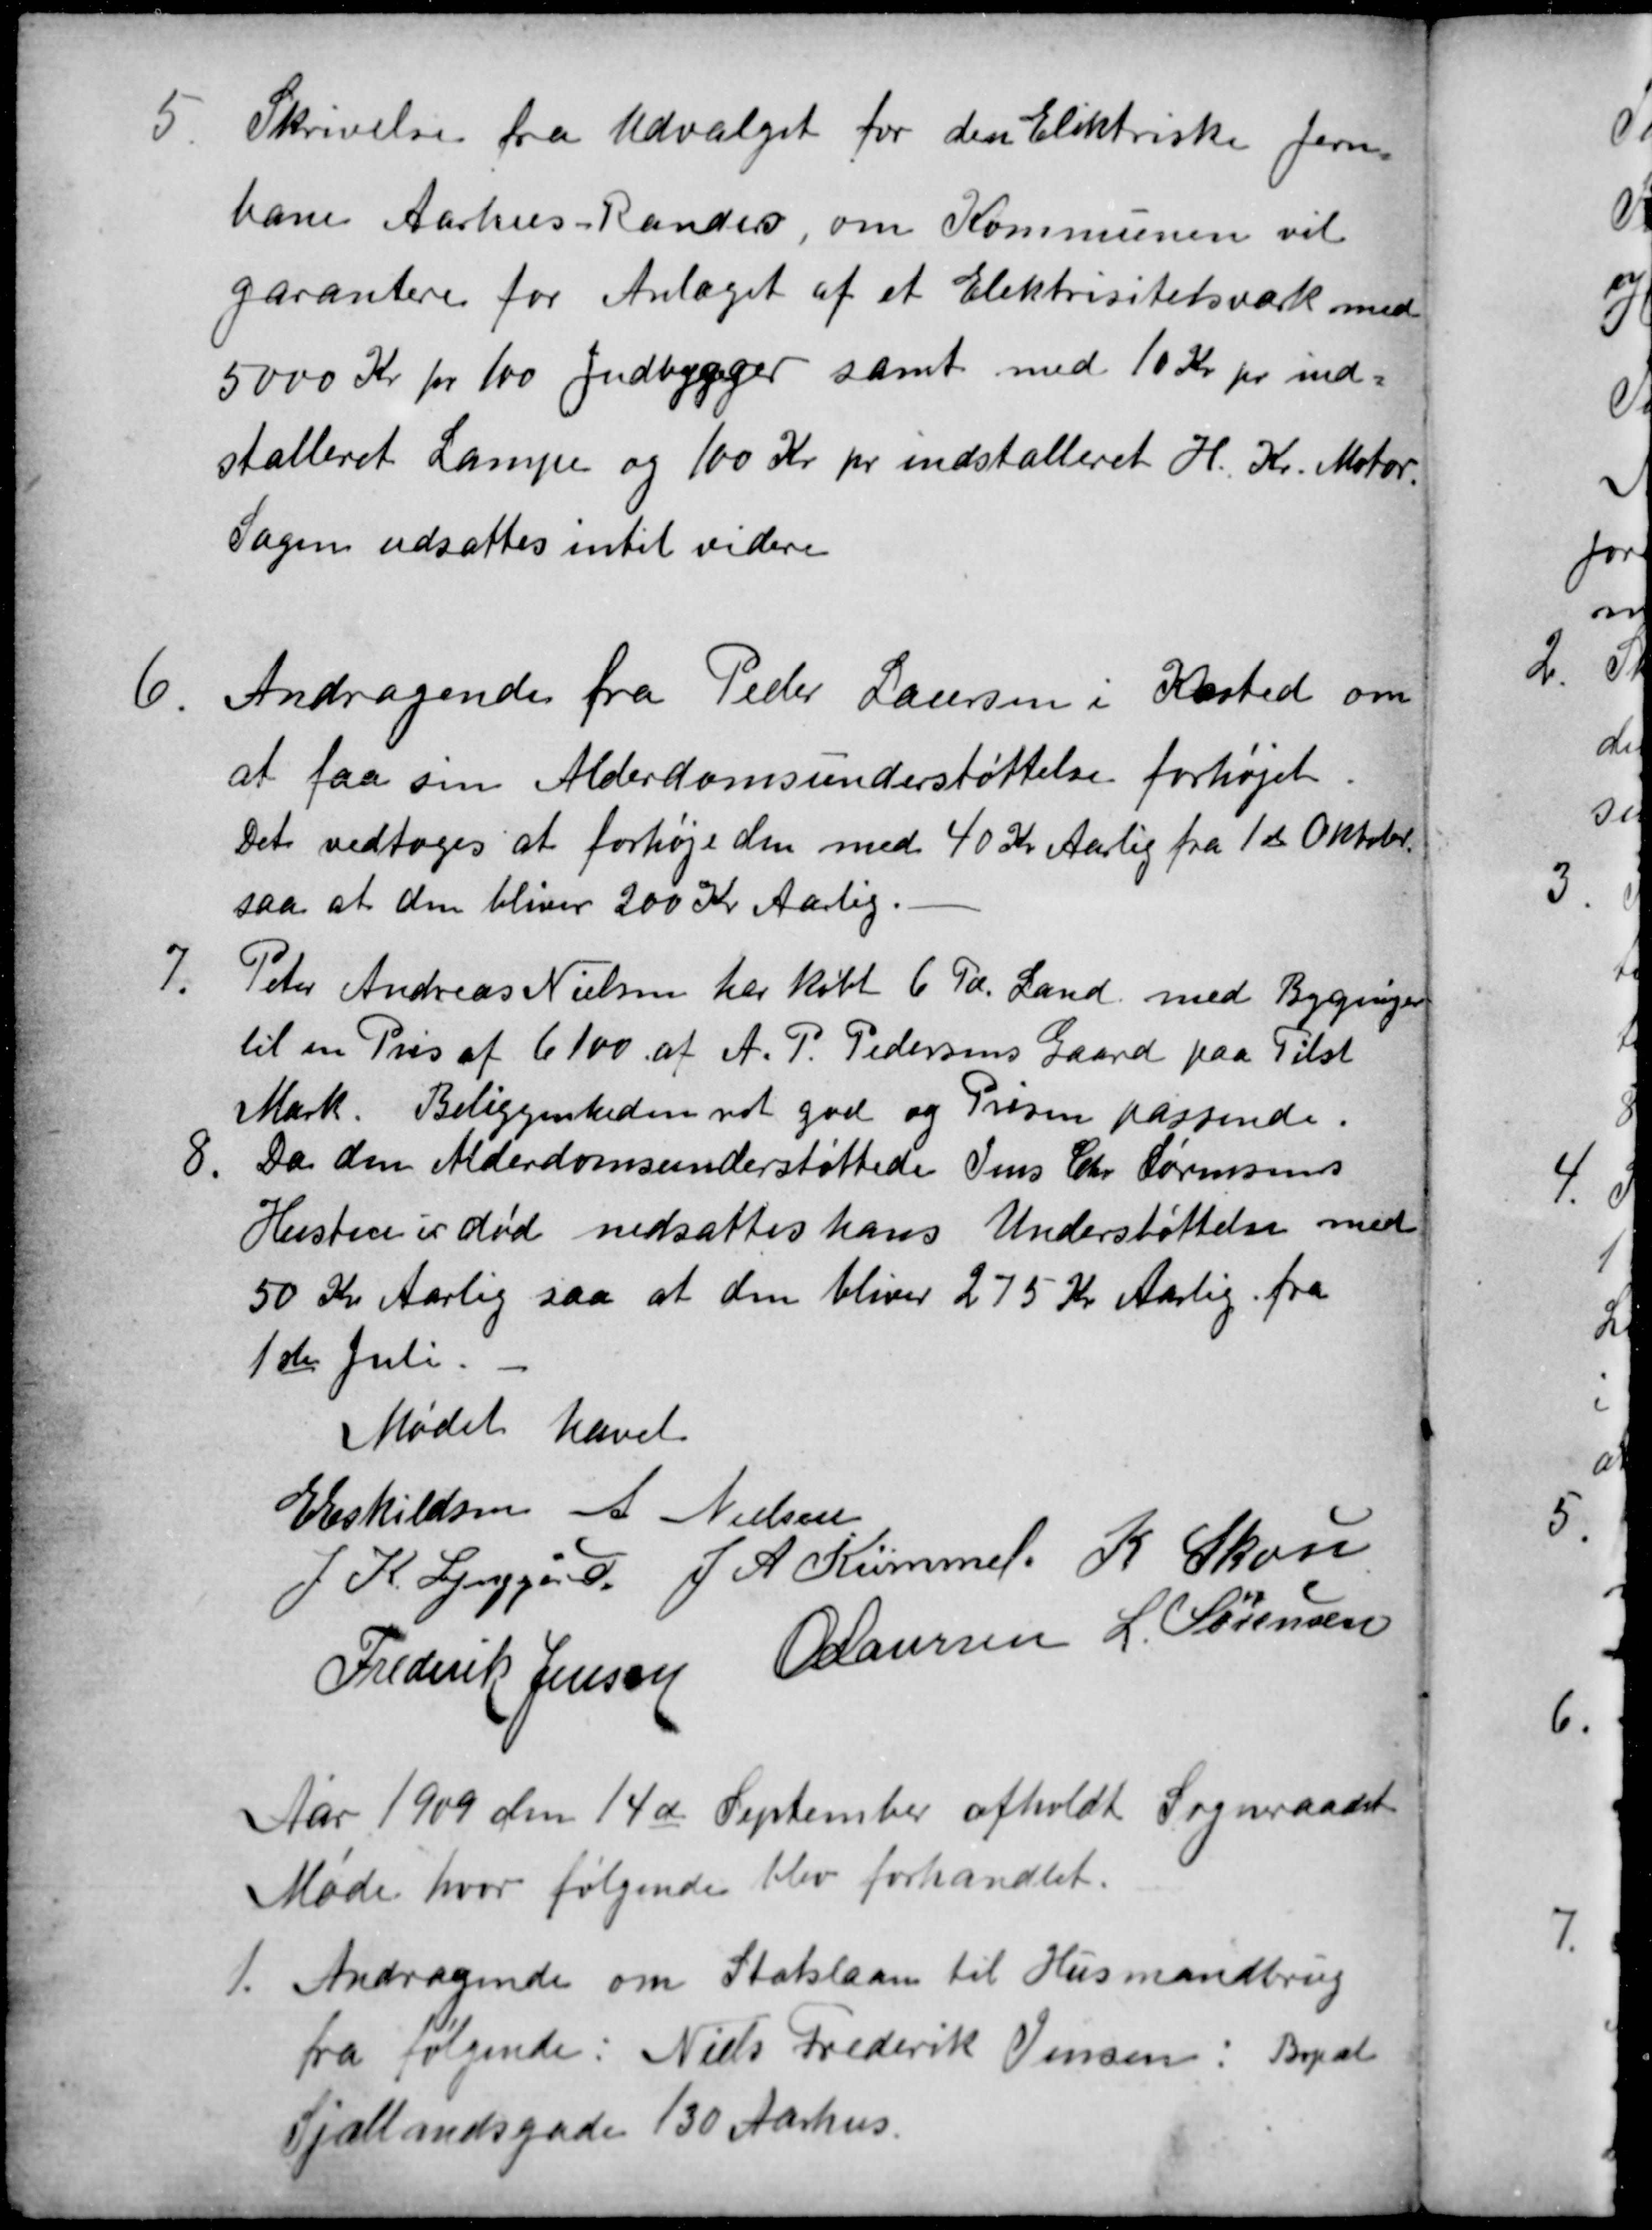
Transskription:
5
Skrivelse fra Udvalget for den Eliktriske Jern-
bane Aarhus-Randers om Kommunen vil
garantere for Anlæget af et Elektrisitetsværk med
5000 Kr pr 100 Indbygger samt med 10 Kr pr ind
stalleret Lampe og 100 Kr pr indstalteret H. Kr. Motor.
Sagen udsattes intil videre
6.
Andragende fra Peder Laursen i Kasted om
at faa sin Alderdomsunderstøttelse forhøjet
Det vedtoges at forhøje den med 40 Kr Aarlig fra 1ste Oktober
saa at den bliver 200 Kr Aarlig.
7.
Peter Andreas Nielsen har købt 6 Td. Land. med Bygninger
til en Pris af 6100 af A. P. Pedersens Gaard paa Tilst
Mark. Beliggenheden ret god og Prisen passende.
8
Da den Alderdomsunderstøttede Jens Chr Sørensens
Hustru er død nedsattes hans Understøttelse med
50 Kr Aarlig saa at den bliver 275 Kr Aarlig fra
1ste Juli. 
Mødet hævet
E Eskildsen A Nielsen
J. K. Lynggård J A Kümmel. K Skou
Frederik Jensen A Laursen L. Sørensen
Aar 1909 den 14de September afholdt Sogneraadet
Møde hvor følgende blev forhandlet.
1.
Andragende om Statslaan til Husmandbrug
fra følgende: Niels Frederik Jensen: Bopæl
Sjællandsgade 130 Aarhus.